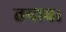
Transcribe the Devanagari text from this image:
तनाव।